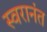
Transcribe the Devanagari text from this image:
स्वरानंत